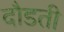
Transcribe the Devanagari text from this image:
दौडती